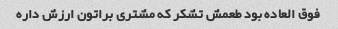
فوق العاده بود طعمش تشکر که مشتری براتون ارزش داره